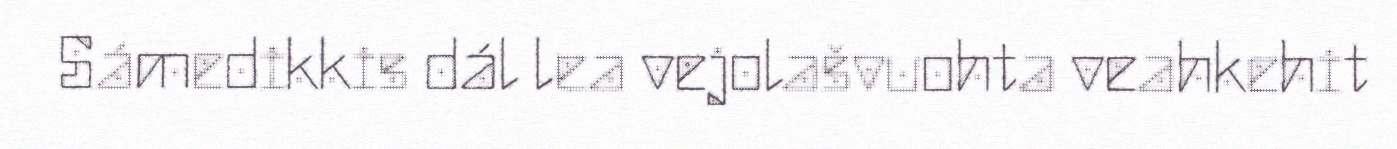
Sámedikkis dál lea vejolašvuohta veahkehit